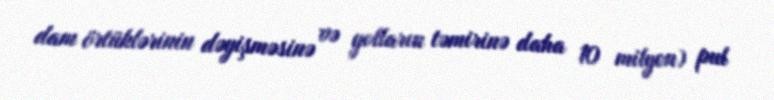
dam örtüklərinin dəyişməsinə və yolların təmirinə daha 10 milyon) pul